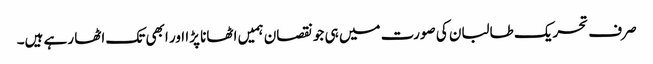
صرف تحریک طالبان کی صورت میں ہی جو نقصان ہمیں اٹھانا پڑا اور ابھی تک اٹھا رہے ہیں۔